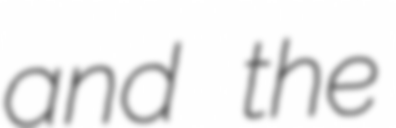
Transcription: and the